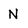
Character: N